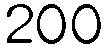
200